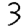
Digit: 3